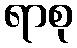
ရာစု